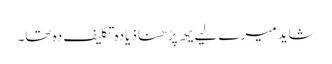
شاید میرے لیےیھ پڑھنا ذیادہ تکلیف دہ تھا۔